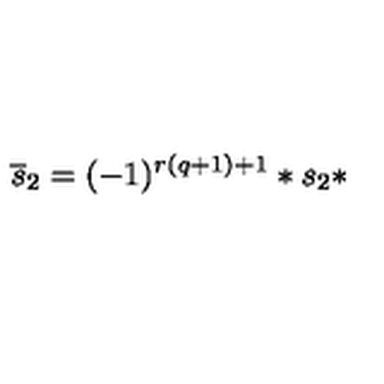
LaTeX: \overline { { s } } _ { 2 } = ( - 1 ) ^ { r ( q + 1 ) + 1 } * s _ { 2 } *